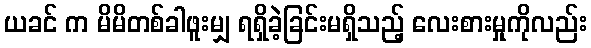
ယခင် က မိမိတစ်ခါဖူးမျှ ရရှိခဲ့ခြင်းမရှိသည့် လေးစားမှုကိုလည်း